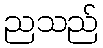
ညသည်